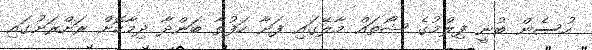
ހުސެން ބުނީ ފިލްމުގެ ޝޯތައް މާލޭގައި ފަށާ ހަފުތާ ބަންދާ ދިމާކޮށް ރަށްރަށުގައި